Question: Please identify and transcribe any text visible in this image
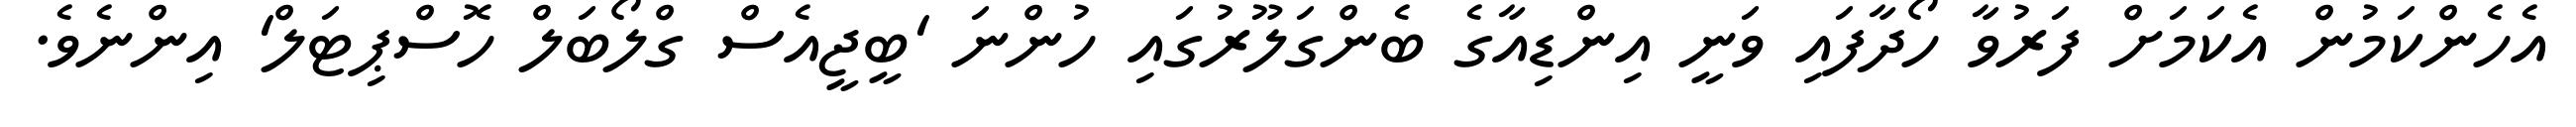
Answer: އެހެންކަމުން އެކަމަށް ފަރުވާ ހޯދާފައި ވަނީ އިންޑިއާގެ ބެންގަލޫރުގައި ހުންނަ 'ބީޖީއެސް ގްލޯބަލް ހޮސްޕިޓަލް' އިންނެވެ.